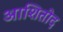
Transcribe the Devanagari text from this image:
आशितोद